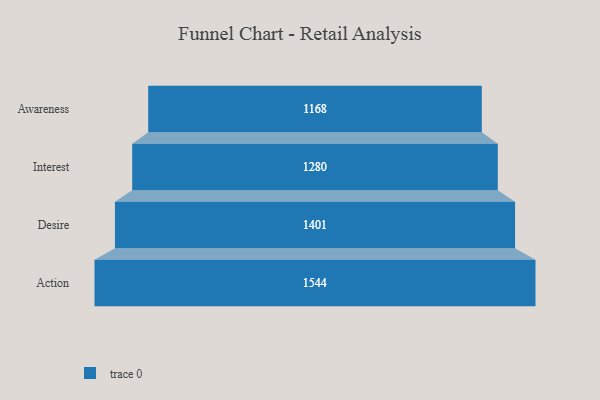
{"axis": {"x": "Stage", "y": "Value"}, "legend": [""], "data": [{"x": "Awareness", "y": 1168.0, "type": ""}, {"x": "Interest", "y": 1280.0, "type": ""}, {"x": "Desire", "y": 1401.0, "type": ""}, {"x": "Action", "y": 1544.0, "type": ""}]}